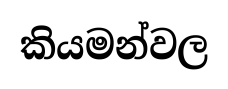
කියමන්වල